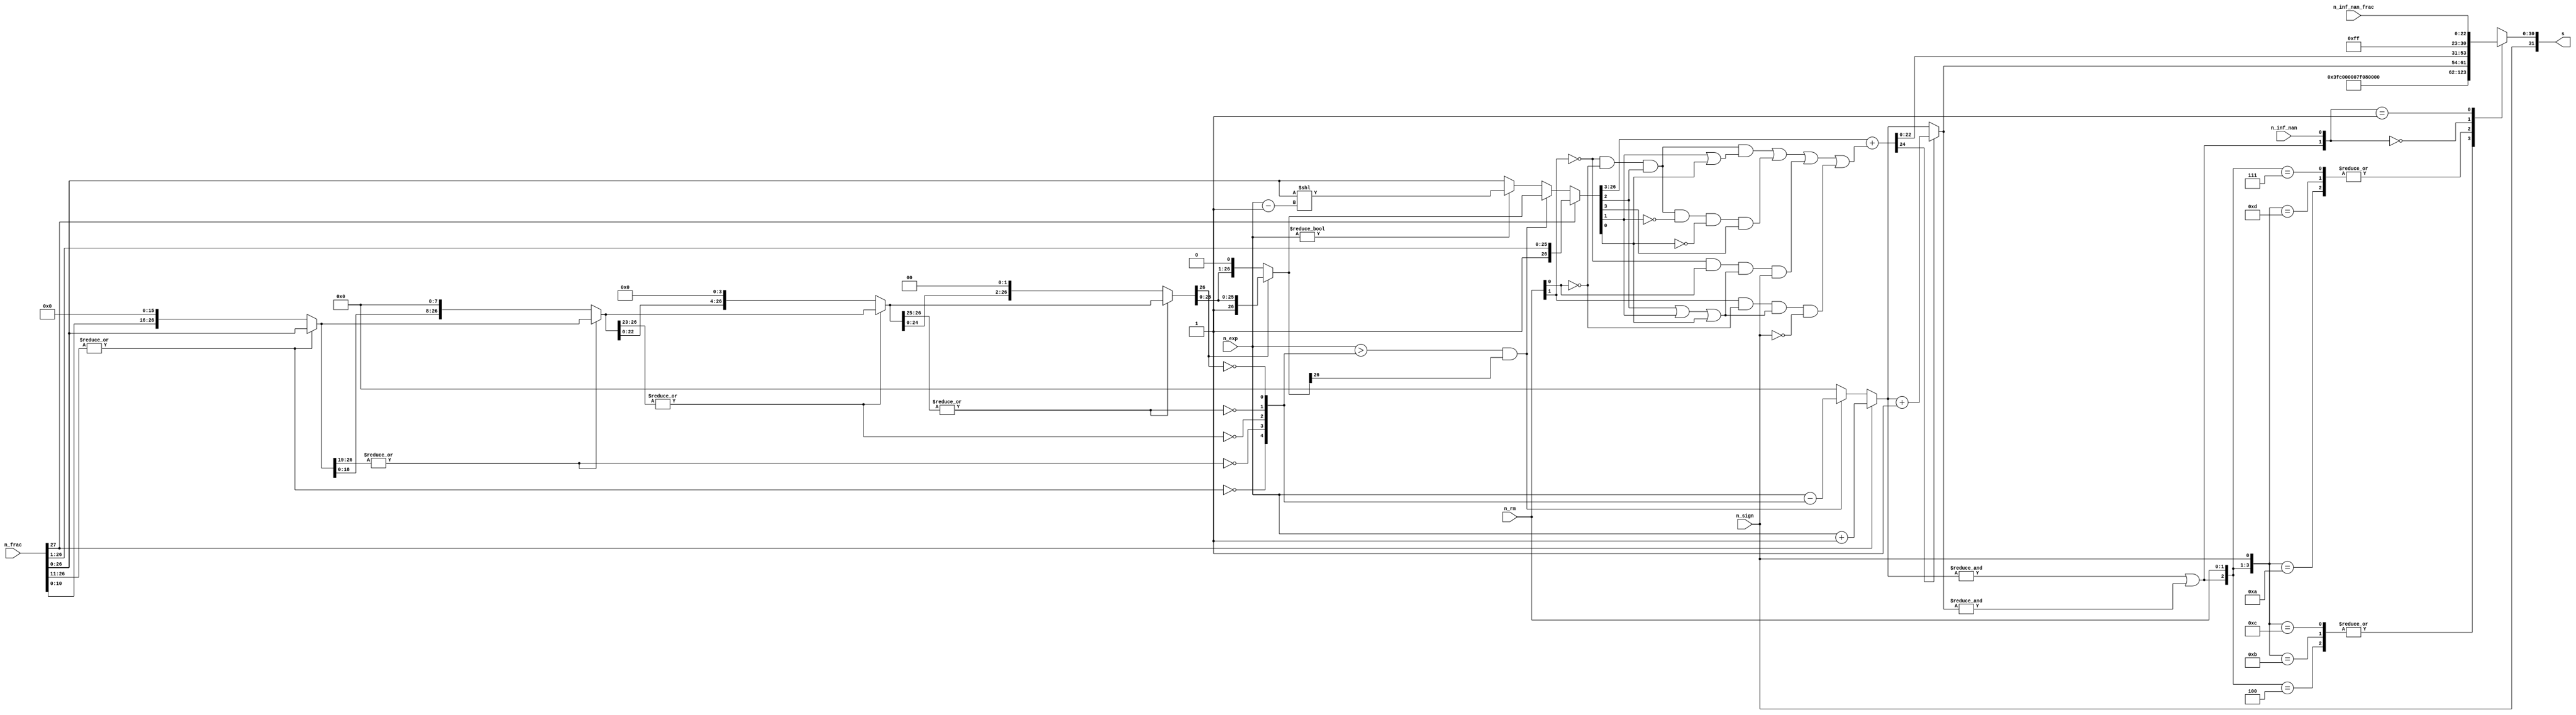
module float_adder_pipe_norm (n_rm,n_inf_nan,n_inf_nan_frac,n_sign,n_exp,n_frac,s);
    input [1:0] n_rm;
    input n_inf_nan,n_sign;
    input [22:0] n_inf_nan_frac;
    input [7:0] n_exp;
    input [27:0] n_frac;
    output [31:0] s;

    //normalization of n_frac
    wire [26:0] f4,f3,f2,f1,f0;
    wire [4:0] zeros;
    assign zeros[4]=~|n_frac[26:11];                          //16bit 0
    assign f4=zeros[4]?{n_frac[10:0],16'b0}:n_frac[26:0];
    assign zeros[3]=~|f4[26:19];                                //8bit 0
    assign f3=zeros[3]?{f4[18:0],8'h0}:f4;
    assign zeros[2]=~|f3[26:23];                                //4bit 0
    assign f2=zeros[2]?{f3[22:0],4'h0}:f3;
    assign zeros[1]=~|f2[26:25];                                //2bit 0
    assign f1=zeros[1]?{f2[24:0],2'b00}:f2;
    assign zeros[0]=~f1[26];                                    //1bit 0
    assign f0=zeros[0]?{f1[25:0],1'b0}:f1;

    reg [7:0] exp0;
    reg [26:0] frac0;
    always @* begin
        if (n_frac[27]) begin
            frac0=n_frac[27:1];
            exp0=n_exp+8'h1;
        end else begin
            if ((n_exp>zeros)&&(f0[26])) begin
                exp0=n_exp-zeros;
                frac0=f0;
            end else begin
                exp0=0;
                if (n_exp!=0)
                        frac0=n_frac[26:0]<<(n_exp-8'h1);
                else frac0=n_frac[26:0];
            end
        end
    end

    //take care of round
    wire frac_plus_1=   ~n_rm[1]&~n_rm[0]&frac0[2]&(frac0[1]|frac0[0])|
                        ~n_rm[1]&~n_rm[0]&frac0[2]&~frac0[1]&~frac0[0]&frac0[3]|
                        ~n_rm[1]&n_rm[0]&(frac0[2]|frac0[1]|frac0[0])&n_sign|
                        n_rm[1]&~n_rm[0]&(frac0[2]|frac0[1]|frac0[0])&~n_sign;
    wire [24:0] frac_round={1'b0,frac0[26:3]}+frac_plus_1;

    //take care of overflow
    wire [7:0] exponent=frac_round[24]?(exp0+8'h1):exp0;
    wire overflow=&exp0|&exponent;
    wire [7:0] final_exponent;
    wire [22:0] final_fraction;
    assign {final_exponent,final_fraction}=final_result(overflow,n_rm,n_sign,n_inf_nan,exponent,frac_round[22:0],n_inf_nan_frac);
    assign s={n_sign,final_exponent,final_fraction};
    function [30:0] final_result;
        input overflow;
        input [1:0] n_rm;
        input n_sign,n_inf_nan;
        input [7:0] exponent;
        input [22:0] fraction,n_inf_nan_frac;
        casex ({overflow,n_rm,n_sign,n_inf_nan})
            5'b1_00_x_x:    final_result={8'hff,23'h00000}; //inf
            5'b1_01_0_x:    final_result={8'hfe,23'h7ffff}; //max
            5'b1_01_1_x:    final_result={8'hff,23'h00000}; //inf
            5'b1_10_0_x:    final_result={8'hff,23'h00000}; //inf
            5'b1_10_1_x:    final_result={8'hfe,23'h7ffff}; //max
            5'b1_11_x_x:    final_result={8'hfe,23'h7ffff}; //max
            5'b0_xx_x_0:    final_result={exponent,fraction}; //normal
            5'b0_xx_x_1:    final_result={8'hff,n_inf_nan_frac}; //inf_nan
            default:        final_result={8'h00,23'h00000}; //0
        endcase
    endfunction
endmodule